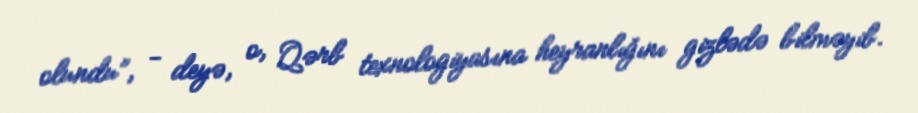
olundu”, - deyə, o, Qərb texnologiyasına heyranlığını gizlədə bilməyib.